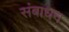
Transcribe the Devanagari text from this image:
संबाधन